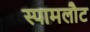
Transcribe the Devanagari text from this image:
स्पामलौट